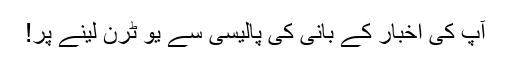
آپ کی اخبار کے بانی کی پالیسی سے یو ٹرن لینے پر!